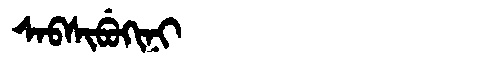
Manchu: ᠰᠠᠪᠰᡳᠪᡠᡴᡳᠨᡳ
Romanization: SABSIBUKINI